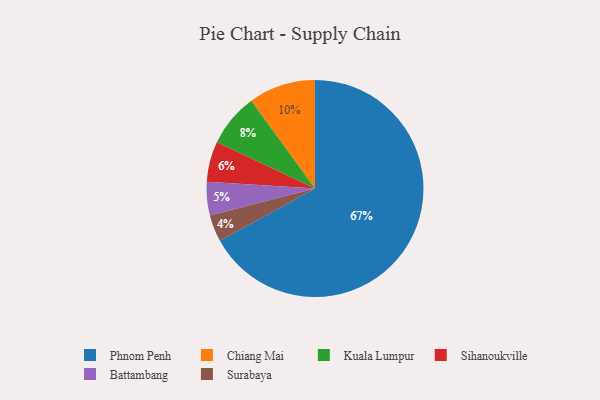
{"axis": {"x": "Category", "y": "Percentage"}, "legend": ["Battambang", "Chiang Mai", "Kuala Lumpur", "Phnom Penh", "Sihanoukville", "Surabaya"], "data": [{"x": "Phnom Penh", "y": 67, "type": "Phnom Penh"}, {"x": "Chiang Mai", "y": 10, "type": "Chiang Mai"}, {"x": "Battambang", "y": 5, "type": "Battambang"}, {"x": "Sihanoukville", "y": 6, "type": "Sihanoukville"}, {"x": "Kuala Lumpur", "y": 8, "type": "Kuala Lumpur"}, {"x": "Surabaya", "y": 4, "type": "Surabaya"}]}